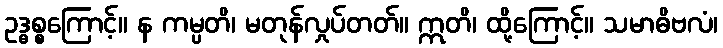
ဥဒ္ဓစ္စကြောင့်။ န ကမ္ပတိ၊ မတုန်လှုပ်တတ်။ ဣတိ၊ ထို့ကြောင့်။ သမာဓိဗလံ၊